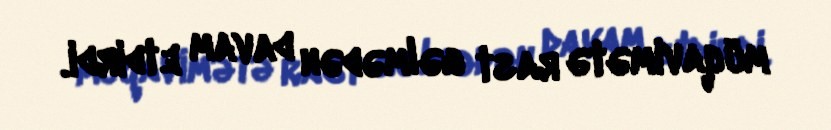
müqavimətə rast gəlmədən davam etdirdi.